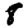
Digit: 8